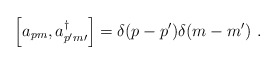
\begin{align*}\Big[a_{pm} , a_{p^{\prime}m{\prime}}^{\dagger}\Big] = \delta (p-p^{\prime}) \delta (m-m^{\prime})\ .\end{align*}